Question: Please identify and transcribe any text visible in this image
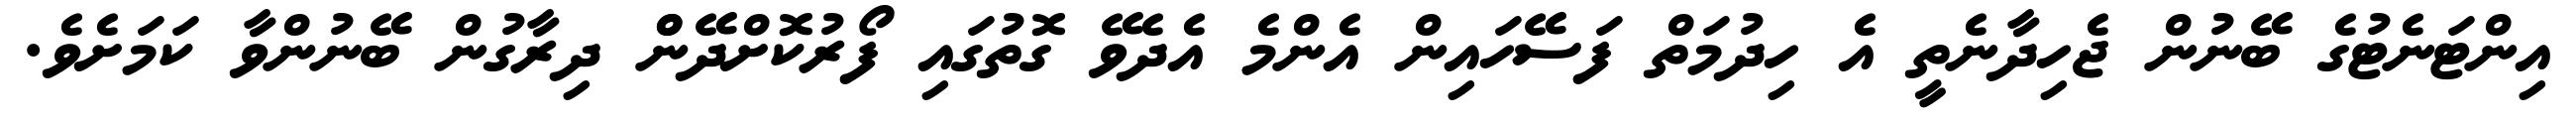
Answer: އިންޓަނެޓުގެ ބޭނުން ޖެހިދާނެތީ އެ ހިދުމަތް ފަސޭހައިން އެންމެ އެދެވޭ ގޮތުގައި ފޯރުކޮށްދޭންް ދިރާގުން ބޭނުންވާ ކަމަށެވެ.